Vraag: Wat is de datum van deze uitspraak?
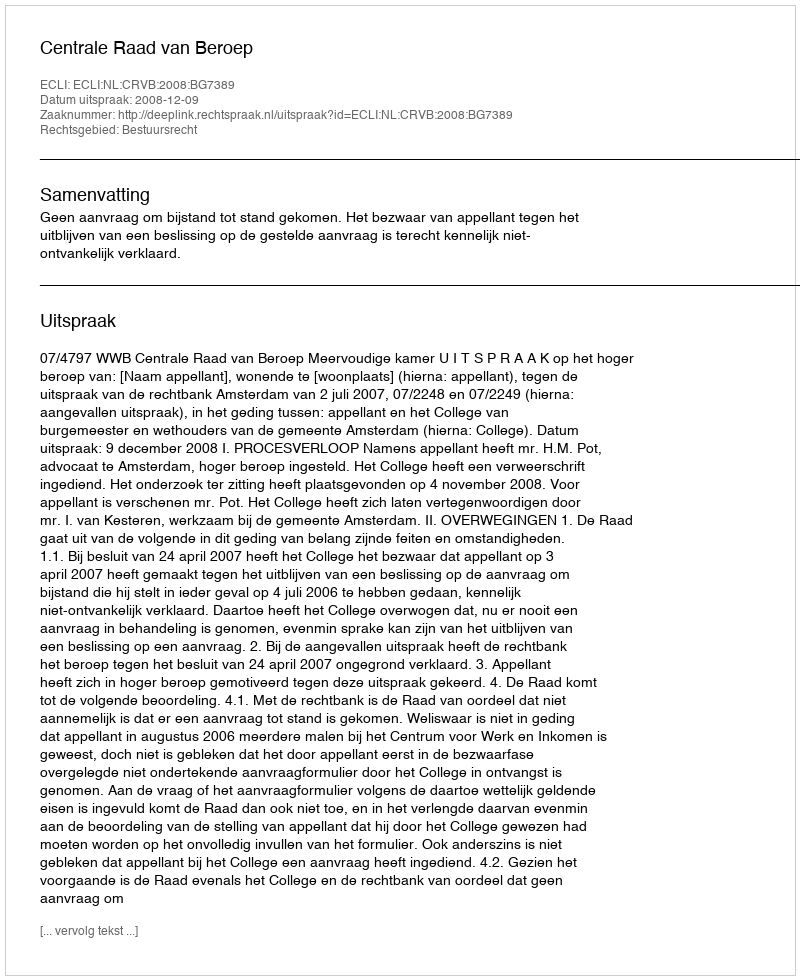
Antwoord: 2008-12-09